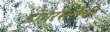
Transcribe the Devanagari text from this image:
डोंगररांगेची